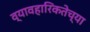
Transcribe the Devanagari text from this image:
व्यावहारिकतेच्या